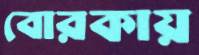
বোরকায়